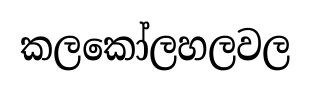
කලකෝලහලවල